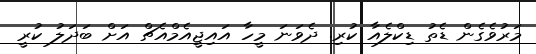
މަރުވެގެން ޑެތު ޑިކްލެއާ ކުރި. ދެވަނަ މީހާ އައިޖީއެމްއެޗް އަށް ބަދަލު ކުރީ